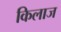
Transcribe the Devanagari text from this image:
किलाज